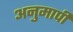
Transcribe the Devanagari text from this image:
अनुमापी